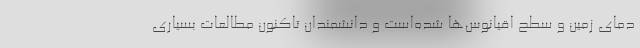
دمای زمین و سطح اقیانوس‌ها شده‌است و دانشمندان تاکنون مطالعات بسیاری